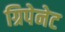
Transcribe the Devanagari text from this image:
ग्रिपेनेट